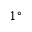
1 ^ { \circ }